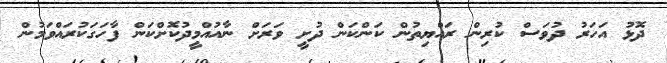
ދޮޅު އަހަރު ދުވަސް ކުރިން ރައްޔިތުން ކަންކަން ދުށީ ވަރަށް ނާއުއްމީދުކޮށްކަން ފާހަގަކުރައްވަމުން